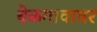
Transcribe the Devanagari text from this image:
बेळगावावर